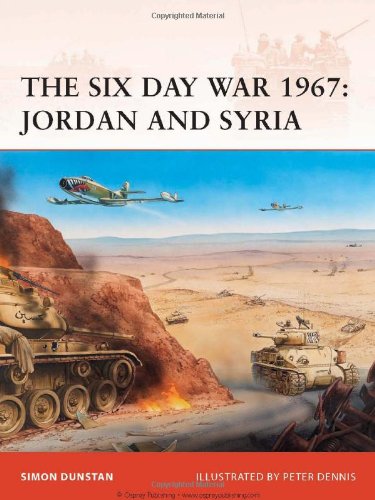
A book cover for The Six Day War 1967: Jordan and Syria (Campaign); Simon Dunstan; History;